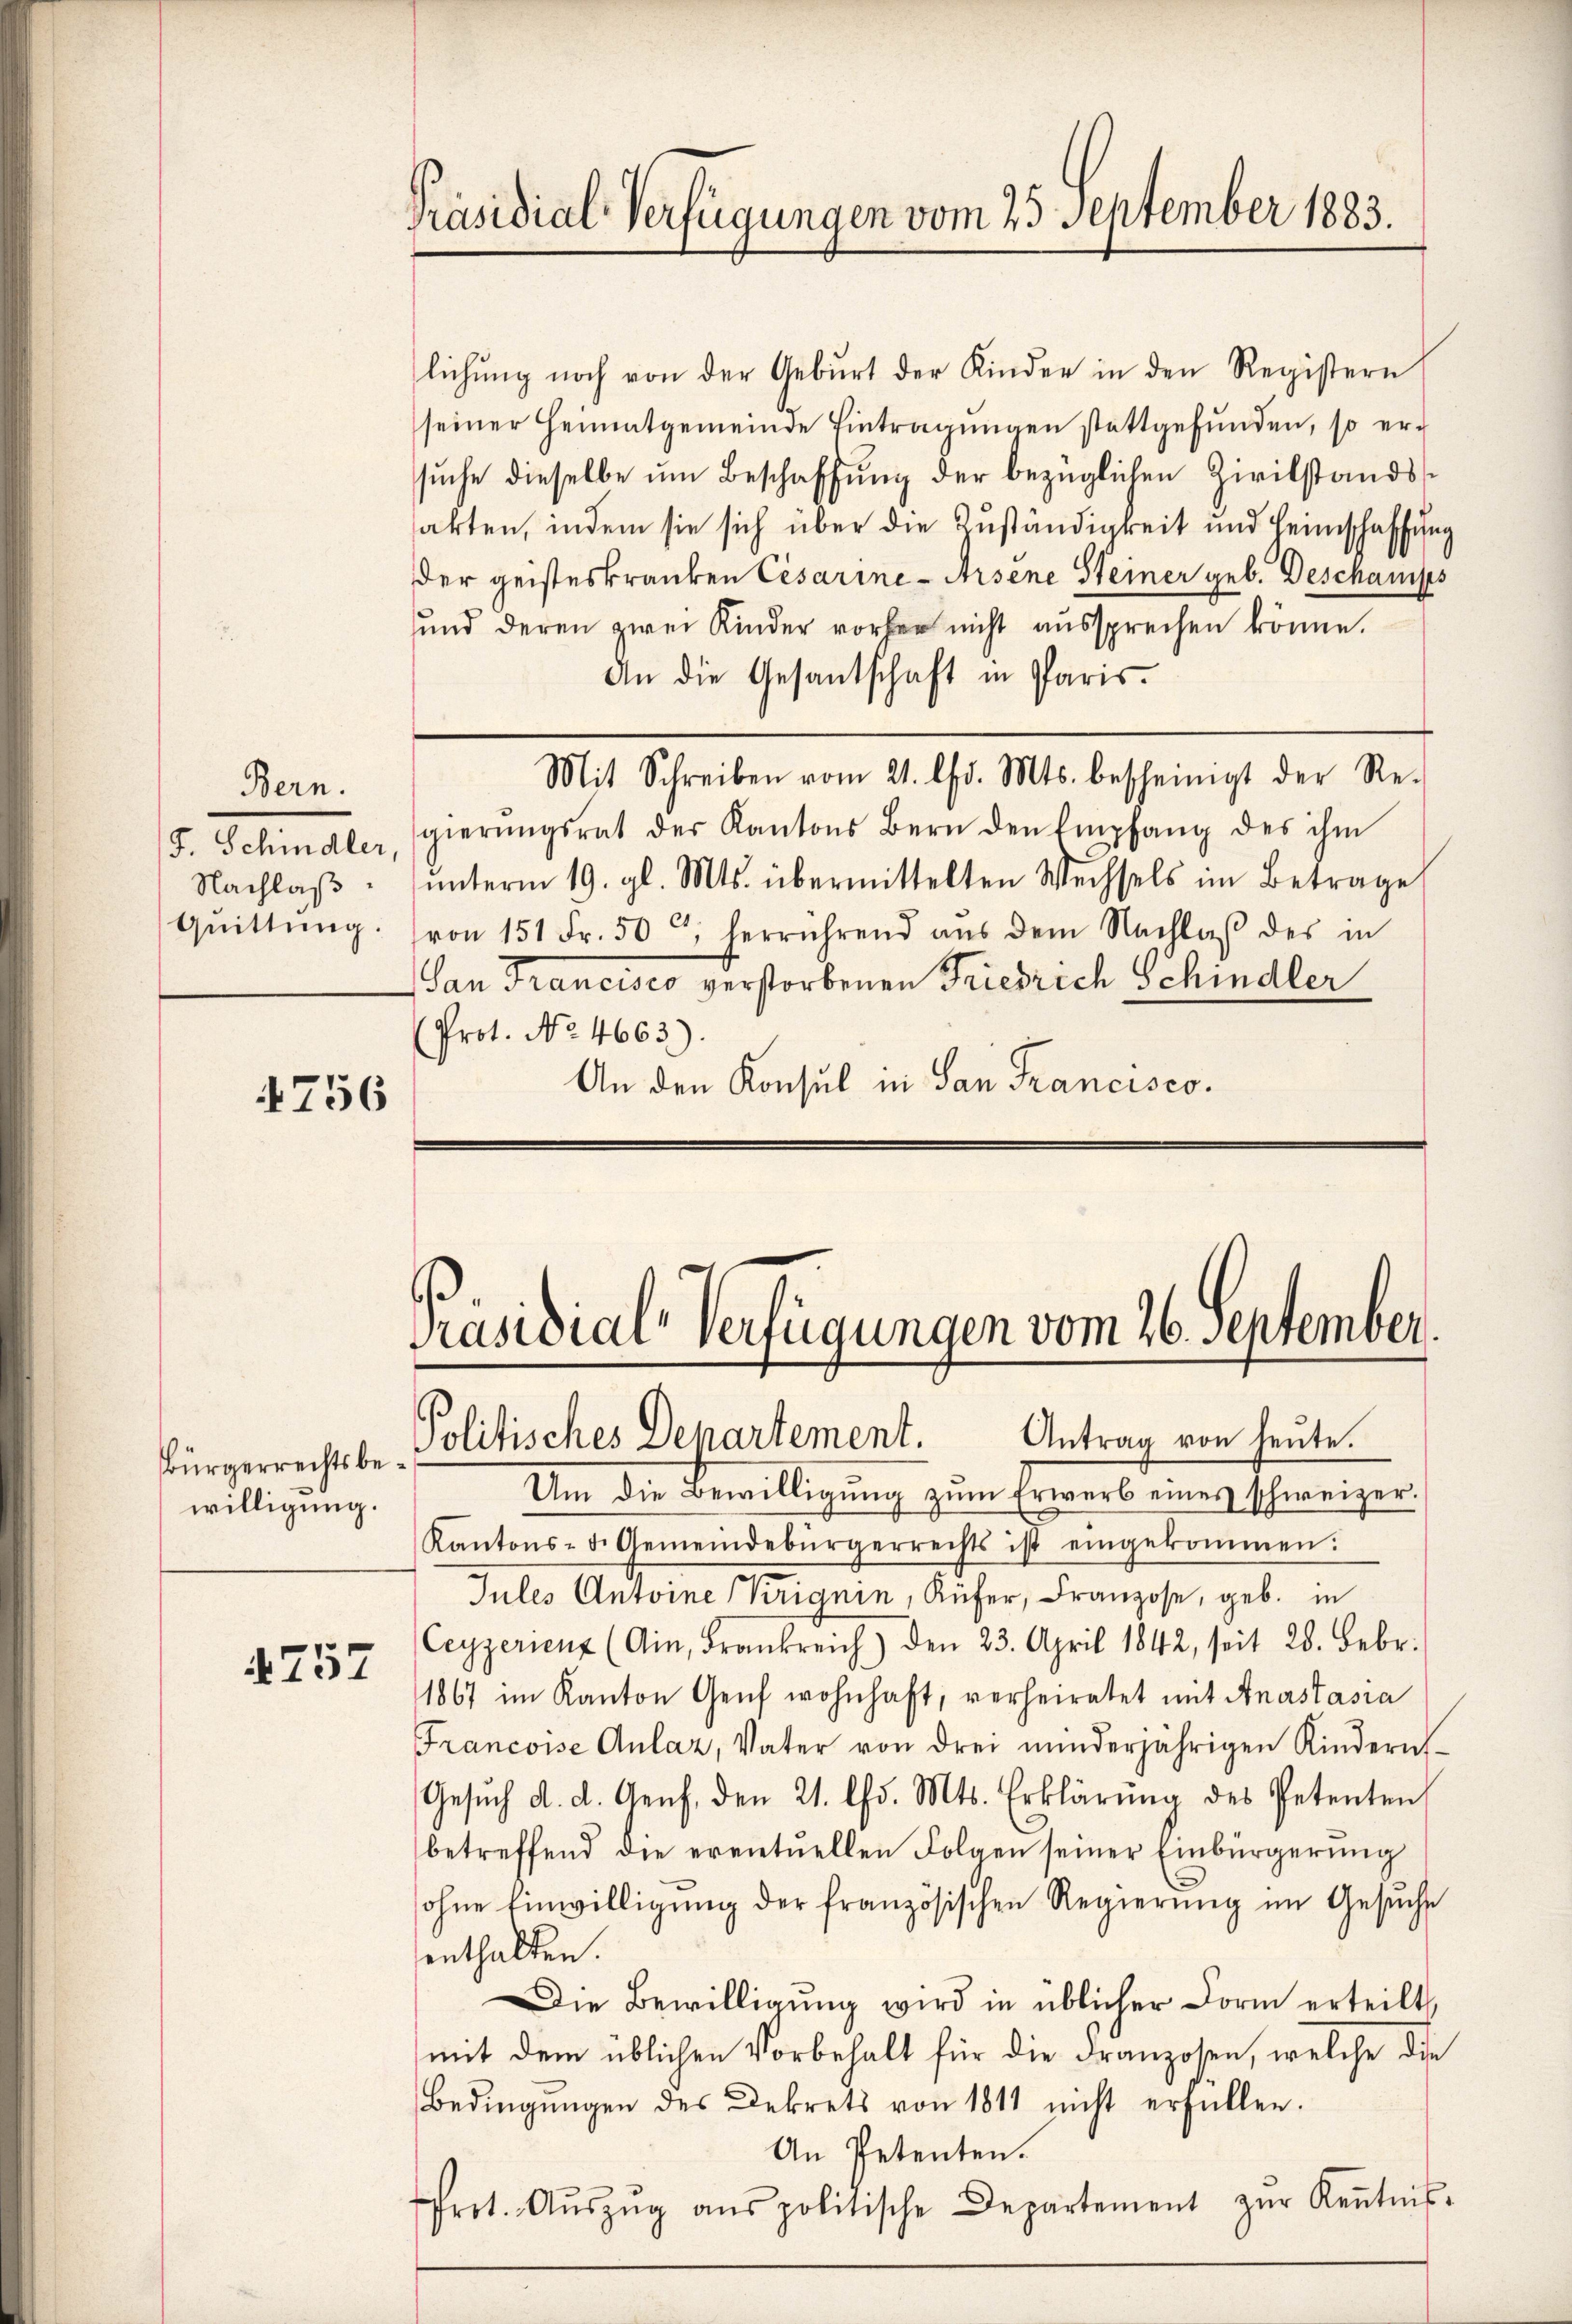
Bern.
J. Schindler,
Nachlaß
Quittung.

4756

Bürgerrechts bewilligung.

4757

Präsidial-Verfügungen vom 25 September 1883.

lichŭng noch von der Geburt der Kinder in den Registern
seiner Heimatgemeinde Eintragŭngen stattgefŭnden, so er-
suche dieselbe um Beschaffung der bezüglichen Zivilstandsakten, indem sie sich über die Zuständigkeit und Heimschaffung
der geisteskranken Cesarine-Arsene Steiner geb. Deschamps
ŭnd deren zwei Kinder vorher nicht aŭssprechen könne.
An die Gesantschaft in Paris.
Mit Schreiben vom 21. d. Mts. bescheinigt der Re-
gierŭngsrat der Kantons Bern den Empfang des ihm
ŭnterm 19. gl. Mts. übermittelten Wechsels im Betrage
von 151 Fr. 50, herrührend aŭs dem Nachlaβ des in
San Francisco verstorbenen Friedrich schindler
(Prot. No. 4663).
An den Konsul in San Francisco.

Präsidial-Verfügungen vom 26. September.
Politisches Departement. Antrag von heute.

Um die Bewilligŭng zŭm Erwerb eines schweizer.
Kantons- d. Gemeindebürgerrechts ist eingekommen:
Jules Antoine (Krignin, Küfer, Franzose, geb. in
Ceyzerienz (Ain, Frankreich) den 23. April 1842, seit 28. Febr.
1867 im Kanton Genf wohnhaft, verheiratet mit Anastasia
Francoise Anlaz, Vater von drei minderjährigen Kindern-
Gesŭch d. d. Genf, den 21. Chr. Mts. Erklärung des Petenten
betreffend die eventuellen Folgen seiner Einbürgerŭng
sohne Einwilligŭng der französischen Regierŭng im Gesŭche
enthalten.
Die Bewilligŭng wird in üblicher Form erteilt,
mit dem üblichen Vorbehalt für die Franzosen, welche die
Bedingŭngen des Dekrets von 1811 nicht erfüllen.
An Petenten.
Prot. Aŭszŭg ans politische Departement zŭr Kenntnis-